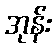
အုန်း